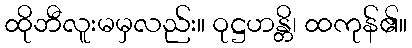
ထိုဘီလူးမမှလည်း။ ဝုဋ္ဌဟန္တိ၊ ထကုန်၏။